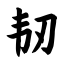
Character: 韧